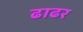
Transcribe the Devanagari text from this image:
ढाढर